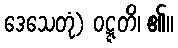
ဒေသေတုံ) ဝဋ္ဋတိ၊ ၏။